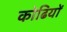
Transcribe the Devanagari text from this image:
कोढियों